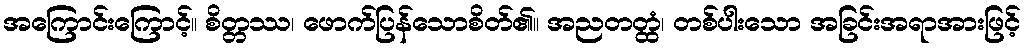
အကြောင်းကြောင့်။ စိတ္တဿ၊ ဖောက်ပြန်သောစိတ်၏။ အညတတ္ထံ၊ တစ်ပါးသော အခြင်းအရာအားဖြင့်